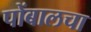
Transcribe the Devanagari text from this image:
पोंबालचा